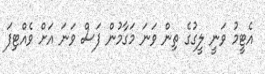
އެޓީމު ވަނީ ލީގުގެ ތިން ވަނަ މަގާމުން ފަސް ވަނަ އަށް ވެއްޓިފަ